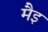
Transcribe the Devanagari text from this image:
मैइ